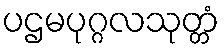
ပဌမပုဂ္ဂလသုတ္တံ